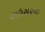
હાઉસરના